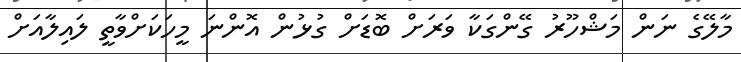
މާލޭގެ ނަން މަޝްހޫރު ގޭންގަކާ ވަރަށް ބޮޑަށް ގުޅުން އޮންނަ މީހަކަށްވާތީ ލައިލާއަށް